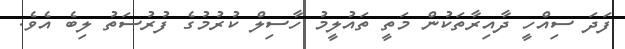
ފަދަ ސިއްހީ ދާއިރާތަކުން މަތީ ތައުލީމު ހާސިލް ކުރުމުގެ ފުރުސަތު ލިބެ އެވެ.